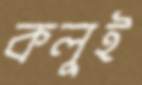
কলুই